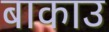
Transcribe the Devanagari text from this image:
बाकाउ